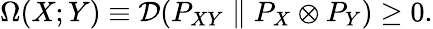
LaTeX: \Omega(X;Y)\equiv\mathcal{D}(P_{XY}\parallel P_{X}\otimes P_{Y})\ge 0.